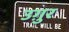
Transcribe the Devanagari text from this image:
उग़ुर